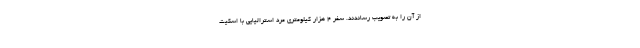
از آن را به تصویب رساندند. سفر ۴ هزار کیلومتری مرد استرالیایی با اسکیت